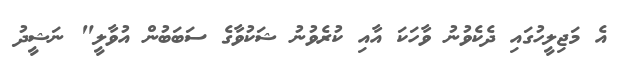
އެ މަޖިލީހުގައި ދެކެވުނު ވާހަކަ އާއި ކުރެވުނު ޝަކުވާގެ ސަބަބުން އުވާލީ" ނަޝީދު